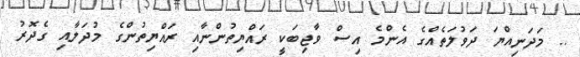
.. މަދަނިއްޔަ ދަވުލަތެއްގެ އެންމެ އިސް ވާޖިބަކީ ރައްޔިތުންނާއި ރައްޔިތުންގެ މުދަލާއި ގެދޮރު